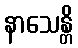
နာသေန္တိ